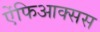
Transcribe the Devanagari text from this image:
ऐंफिआक्सस